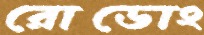
রোডোং